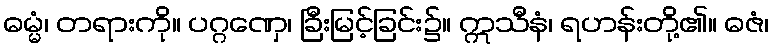
ဓမ္မံ၊ တရားကို။ ပဂ္ဂဏှေ၊ ခြီးမြင့်ခြင်း၌။ ဣသီနံ၊ ရဟန်းတို့၏။ ဓဇံ၊